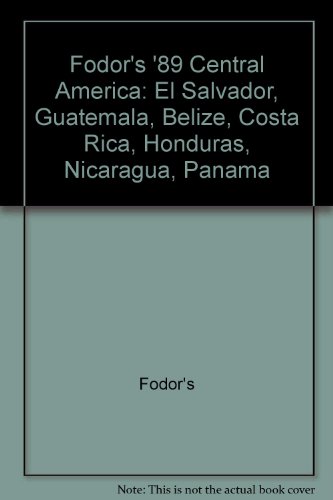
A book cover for Fodors-Central Amer'89; Fodor's; Travel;